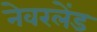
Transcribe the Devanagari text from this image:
नेवरलेंड